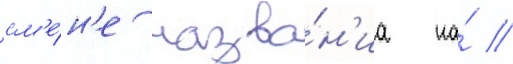
см'е́н'е назва́н'иа на́ //